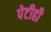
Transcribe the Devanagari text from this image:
पेटीही